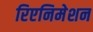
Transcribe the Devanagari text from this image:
रिएनिमेशन